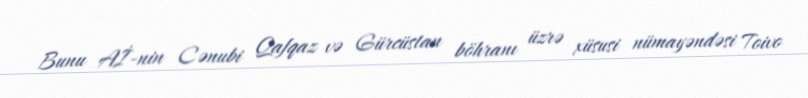
Bunu Aİ-nin Cənubi Qafqaz və Gürcüstan böhranı üzrə xüsusi nümayəndəsi Toivo